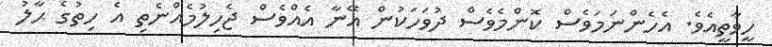
ހީވާތީއެވެ. އެހެންނަމަވެސް ކޮންމެވެސް ދުވަހަކުން އޭނާ އެއްވެސް ޖެހިލުމެއްނެތި އެ ހިތުގެ ޙާލު